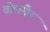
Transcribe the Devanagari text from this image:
वोलमैन